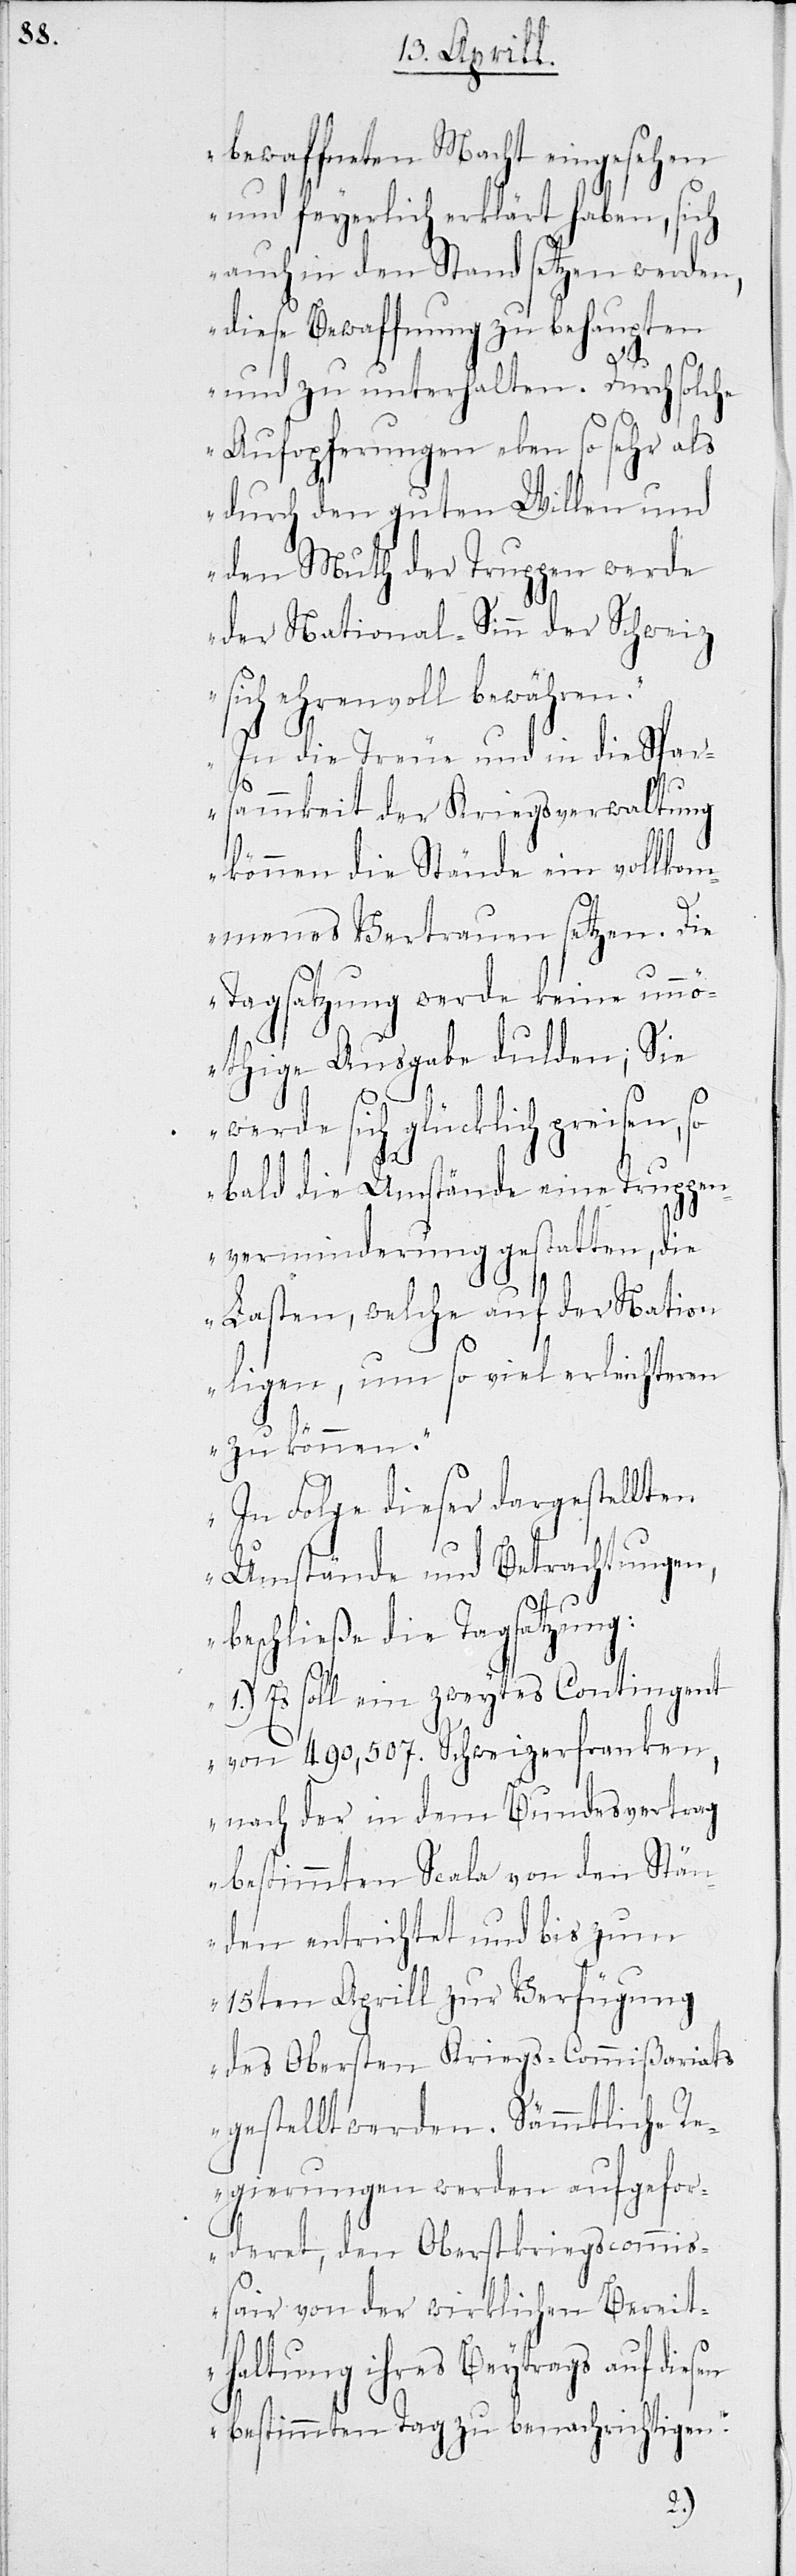
bewaffneten Macht eingesehen
und feyerlich erklärt haben, sich
auch in den Stand setzen werden,
diese Bewaffnung zu behaupten
und zu unterhalten. Durch solche
Aufopferungen eben so sehr als
durch den guten Willen und
den Muth der Truppen werde
der National-Sinn der Schweiz
sich ehrenvoll bewähren.
In die Treue und die Spar¬
sammkeit der Kriegsverwaltung
können die Stände ein vollkom¬
menes Vertrauen setzen. Die
Tagsatzung werde keine unnö¬
thige Ausgabe dulden; Sie
werde sich glücklich preisen, so
bald die Umstände eine Truppen¬
verminderung gestatten, die
Lasten, welche auf der Nation
ligen, um so viel erleichteren
zu können.
In Folge dieser dargestellten
Umstände und Betrachtungen,
beschließe die Tagsatzung:
Es solle ein zweytes Contingent
von 490,507. Schweizerfranken,
nach der in dem Bundesvertrag
bestimmten Scala von den Stän¬
den entrichtet und bis zum
15ten Aprill zur Verfügung
des Obersten Kriegs-Commißariats
gestellt werden. Sämmtliche R¬
egierungen werden aufgefor¬
deret, den Oberstkriegscommi¬
ßair von der wirklichen Bereit¬
haltung ihres Beytrags auf
bestimmten Tag zu benachrichtigen.
1.)